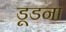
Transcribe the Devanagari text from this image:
डूडना